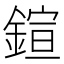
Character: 鍹